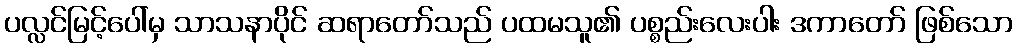
ပလ္လင်မြင့်ပေါ်မှ သာသနာပိုင် ဆရာတော်သည် ပထမသူ၏ ပစ္စည်းလေးပါး ဒကာတော် ဖြစ်သော